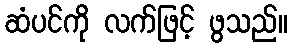
ဆံပင်ကို လက်ဖြင့် ဖွသည်။